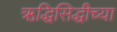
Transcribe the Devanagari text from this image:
ऋद्धिसिद्धीच्या